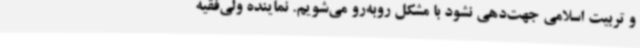
و تربیت اسلامی جهت‌دهی نشود با مشکل روبه‌رو می‌شویم. نماینده ولی‌فقیه